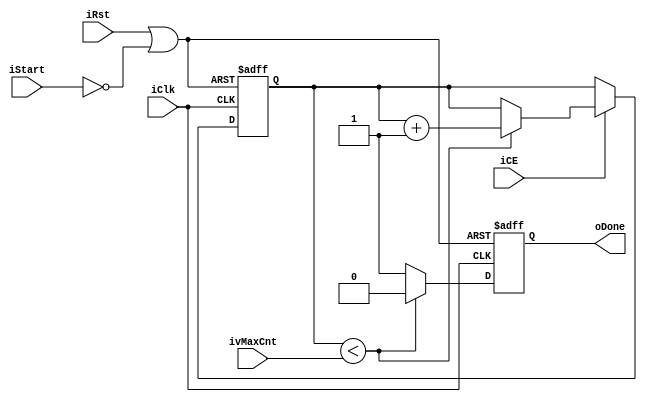
module SignalValidationDelay # 
(
	parameter VALUE	= 1'b1,
	parameter TOTAL_BITS = 3'd4,
	parameter MAX_COUNT = 4'd10,
	parameter POL = 1'b1
)
(
	input iClk,
	input iRst,
	input iCE,	//Clock enable
	input [(TOTAL_BITS - 1) : 0] ivMaxCnt,
	input iStart,
	output oDone
);

reg rDone_d;
reg rDone_g;
reg [(TOTAL_BITS - 1) : 0] rvCounter_d;
reg [(TOTAL_BITS - 1) : 0] rvCounter_g;

wire wRst = iRst || (iStart ^ VALUE);

assign oDone = rDone_g;

always@(posedge iClk or posedge wRst) 		//note: here is posedge reset signal
begin
	if(wRst) begin
		rDone_g <= {1'b1{~POL}};
		rvCounter_g <= {TOTAL_BITS{1'b0}};
	end// end if
	else begin
		rDone_g <= rDone_d;
		if(iCE)	rvCounter_g <= rvCounter_d;
		else	rvCounter_g <= rvCounter_g;
	end // end else
end // end always@


always@(*)
begin
	rDone_d = {1'b1{~POL}};
	rvCounter_d = rvCounter_g;
	if(rvCounter_g < ivMaxCnt) begin
		rvCounter_d = rvCounter_g + 1'b1;
	end // end if
	else begin
		rDone_d = {1'b1{POL}};
	end // end else
end

endmodule